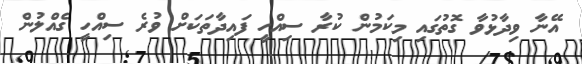
އޭނާ ވިދާޅުވާ ގޮތުގައި މިކަމުން ކުރާ ސިއްހީ ފައިދާތަކަށް ވުރެ ސިއްހީ ގެއްލުން